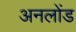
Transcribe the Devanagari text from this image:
अनलोंड